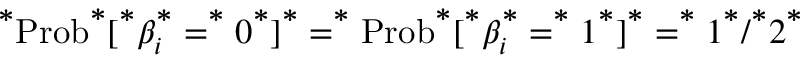
^ { \textbf * } \mathrm { P r o b } ^ { \textbf * } [ ^ { \textbf * } \beta _ { i } ^ { \textbf * } = ^ { \textbf * } 0 ^ { \textbf * } ] ^ { \textbf * } = ^ { \textbf * } \mathrm { P r o b } ^ { \textbf * } [ ^ { \textbf * } \beta _ { i } ^ { \textbf * } = ^ { \textbf * } 1 ^ { \textbf * } ] ^ { \textbf * } = ^ { \textbf * } 1 ^ { \textbf * } / ^ { \textbf * } 2 ^ { \textbf * }